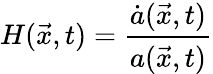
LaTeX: H(\vec{x},t)=\frac{\dot{a}(\vec{x},t)}{a(\vec{x},t)}